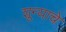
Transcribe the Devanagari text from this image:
शून्याचे